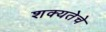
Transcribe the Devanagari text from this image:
शक्यतेचे